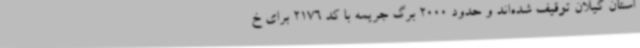
استان گیلان توقیف شده‌اند و حدود 2000 برگ جریمه با کد 2176 برای خ